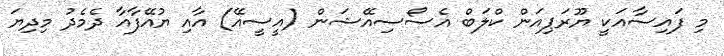
މި ފައިސާއަކީ ޔޫރަޕިއަން ކްލަބް އެސޯސިއޭޝަން (އީސީއޭ) އާއި ޔުއޭފާއާ ދެމެދު މިދިޔަ